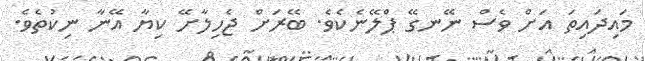
މައިދައިތަ އަށް ވެސް ނޭނގޭ ޕްލޭނެކެވެ. ބޭރަށް ޖެހިލާށޭ ކިޔާ އޭނާ ނިކުތެވެ.